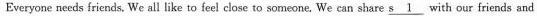
Everyone needs íriends. We all like to feel close to someone. We can share \underline{s 1} with our friends and